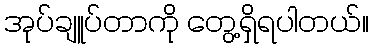
အုပ်ချူပ်တာကို တွေ့ရှိရပါတယ်။